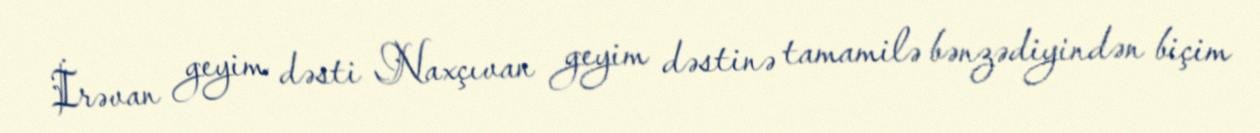
İrəvan geyim dəsti Naxçıvan geyim dəstinə tamamilə bənzədiyindən biçim